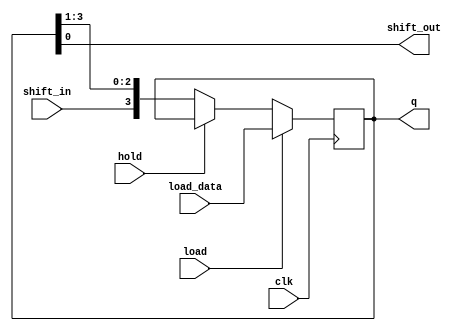



module unidirectional_shift_reg
#(parameter W = 4)
(
  input clk, load, hold, shift_in,
  input [W-1:0] load_data,
  output shift_out,
  output reg [W-1:0] q
);

  assign shift_out = q[0];

  always @ (posedge clk) begin 
    if(load) begin 
      q <= load_data;
    end else if(hold) begin 
      q <= q; // is this ok?
    end else begin 
      q <= {shift_in, q[W-1:1]};
    end
  end

endmodule